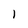
Character: I